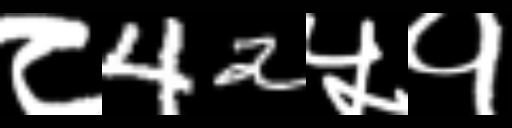
Text: ८42५१